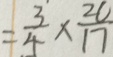
= \frac { 3 } { 4 } \times \frac { 2 0 } { 1 7 }